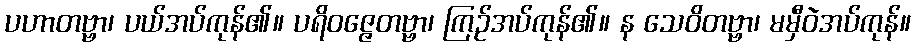
ပဟာတဗ္ဗာ၊ ပယ်အပ်ကုန်၏။ ပရိဝဇ္ဇေတဗ္ဗာ၊ ကြဉ်အပ်ကုန်၏။ န သေဝိတဗ္ဗာ၊ မမှီဝဲအပ်ကုန်။